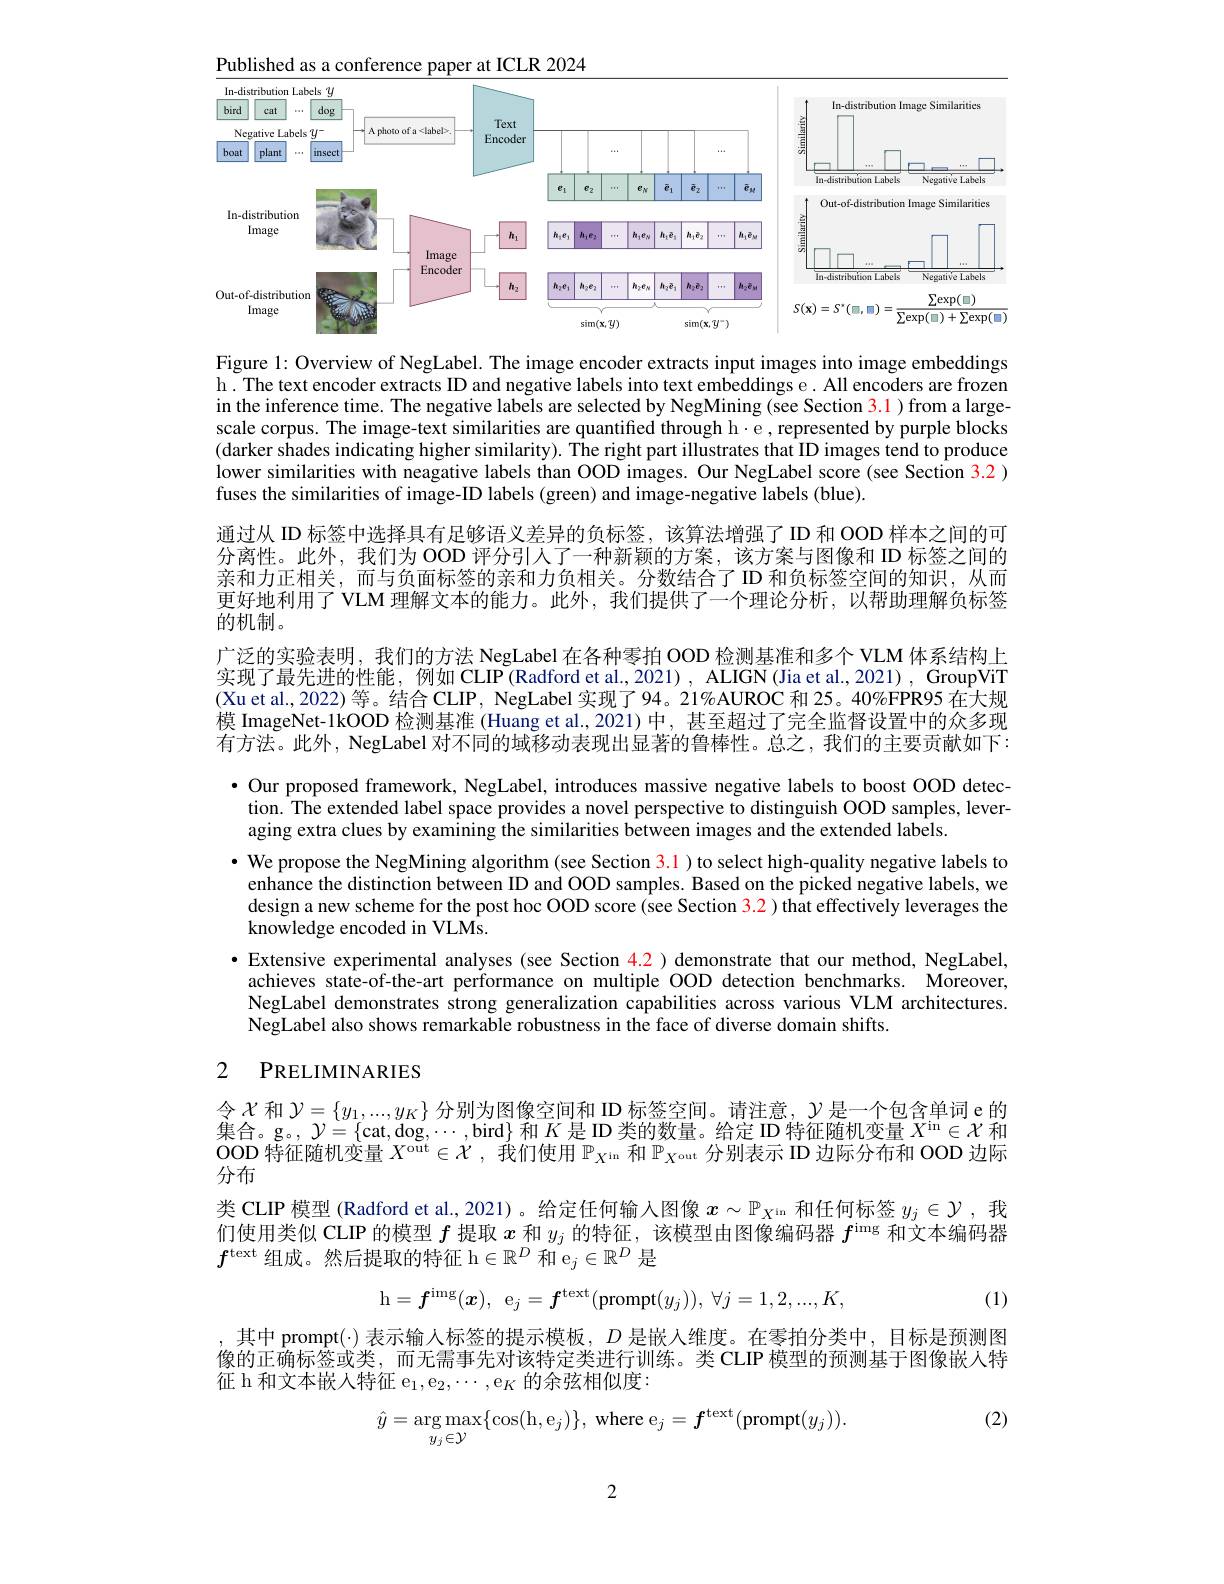
Published as a conference paper at ICLR 2024
<FigureHere>

Figure 1: Overview of NegLabel. The image encoder extracts input images into image embeddings h. The text encoder extracts ID and negative labels into text embeddings e. All encoders are frozen in the inference time. The negative labels are selected by NegMining (see Section 3.1) from a largescale corpus. The image-text similarities are quantified through h·e, represented by purple blocks (darker shades indicating higher similarity). The right part illustrates that ID images tend to produce lower similarities with neagative labels than OOD images. Our NegLabel score (see Section 3.2 ) fuses the similarities of image-ID labels (green) and image-negative labels (blue).
通过从 ID 标签中选择具有足够语义差异的负标签，该算法增强了 ID 和 OOD 样本之间的可分离性。此外，我们为 OOD 评分引人了一种新颖的方案，该方案与图像和 ID 标签之间的亲和力正相关，而与负面标签的亲和力负相关。分数结合了ID 和负标签空间的知识，从而更好地利用了 VLM 理解文本的能力。此外，我们提供了一个理论分析，以帮助理解负标签的机制。
广泛的实验表明，我们的方法 NegLabel 在各种零拍 OOD 检测基准和多个 VLM 体系结构上实现了最先进的性能，例如 CLIP(Radford et al.,2021) , ALIGN(Jia et al., 2021) , GroupViT (Xu et al., 2022) 等。结合 CLIP, NegLabel 实现了 94。21%AUROC 和 25。40%FPR95 在大规模 ImageNet-1kOOD 检测基准 (Huang et al.,2021)中，甚至超过了完全监督设置中的众多现有方法。此外，NegLabel 对不同的域移动表现出显著的鲁棒性。总之，我们的主要贡献如下： · Our proposed framework, NegLabel, introduces massive negative labels to boost OOD detec- Our proposed framework, NegLabel, introduces massive negative labels to boost OOD detec-
tion. The extended label space provides a novel perspective to distinguish OOD samples, lever-
aging extra clues by examining the similarities between images and the extended labels.
· We propose the NegMining algorithm (see Section 3.1) to select high-quality negative labels to
enhance the distinction between ID and OOD samples. Based on the picked negative labels, we design a new scheme for the post hoc OOD score (see Section 3.2) that effectively leverages the knowledge encoded in VLMs.
$\cdot$ Extensive experimental analyses (see Section 4.2) demonstrate that our method, NegLabel,
achieves state-of-the-art performance on multiple OOD detection benchmarks. Moreover, NegLabel demonstrates strong generalization capabilities across various VLM architectures. NegLabel also shows remarkable robustness in the face of diverse domain shifts.
2 PRELIMINARIES

令$\mathcal{X}$和$\mathcal{Y}=\{y_1,...,y_K\}$分别为图像空间和 ID 标签空间。请注意，$\mathcal{Y}$是一个包含单词 e 的集合。g。, $\mathcal{Y}=\{$cat,dog$,\cdots$,bird$\}$和$K$是 ID 类的数量。给定 ID 特征随机变量$X^\mathrm{in}\in \mathcal{X}$和OOD 特征随机变量$X^\mathrm{out}\in \mathcal{X}$ ,我们使用$\mathbb{P}_X^\mathrm{\iota n}$和$\mathbb{P}_X^\mathrm{out}$分别表示 ID 边际分布和 OOD 边际分布
类 CLIP 模型 (Radford et al., 2021)。给定任何输入图像$x\sim\mathbb{P}_{X^\mathrm{in}}$和任何标签$y_j\in\mathcal{Y}$ ,我们使用类似 CLIP 的模型$f$提取$x$和$y_j$的特征，该模型由图像编码器$f^\mathrm{img}$和文本编码器$f^{\text{text 组成。然后提取的特征 h}\in\mathbb{R}^D\text{ 和 e}_j\in\mathbb{R}^D\text{ 是}}$
$$\mathrm{h}=f^{\mathrm{img}}(\boldsymbol{x}),\:\mathrm{e}_{j}=f^{\mathrm{text}}(\mathrm{prompt}(y_{j})),\:\forall j=1,2,...,K,$$
(1)

其中 prompt(·) 表示输人标签的提示模板，$D$是嵌人维度。在零拍分类中，目标是预测图像的正确标签或类，而无需事先对该特定类进行训练。类 CLIP 模型的预测基于图像嵌人特征 h 和文本嵌入特征 e$_1$,e$_2,\cdots$,e$_K$ 的余弦相似度：
$$\hat{y}=\arg\max_{y_{j}\in\mathcal{Y}}\{\cos(\mathrm{h},\mathrm{e}_{j})\},\:\mathrm{where}\:\mathrm{e}_{j}=\boldsymbol{f}^{\mathrm{text}}(\mathrm{prompt}(y_{j})).$$
 (2)

2